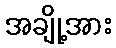
အချို့အား